Medical and sanitary report of the native army of Madras for the year
Year: 1875
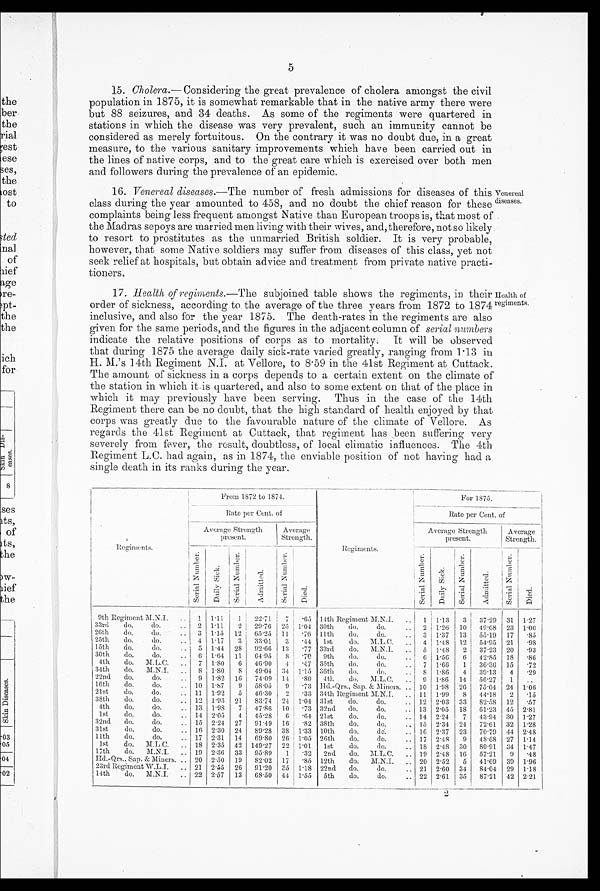
5
15. Cholera.—Considering the great prevalence of cholera amongst the civil
population in 1875, it is somewhat remarkable that in the native army there were
but 88 seizures, and 34 deaths. As some of the regiments were quartered in
stations in which the disease was very prevalent, such an immunity cannot be
considered as merely fortuitous. On the contrary it was no doubt due, in a great
measure, to the various sanitary improvements which have been carried out in
the lines of native corps, and to the great care which is exercised over both men
and followers during the prevalence of an epidemic.
16. Venereal diseases.—The number of fresh admissions for diseases of this
class during the year amounted to 458, and no doubt the chief reason for these
complaints being less frequent amongst Native than European troops is, that most of
the Madras sepoys are married men living with their wives, and, therefore, not so likely
to resort to prostitutes as the unmarried British soldier. It is very probable,
however, that some Native soldiers may suffer from diseases of this class, yet not
seek relief at hospitals, but obtain advice and treatment from private native practi-
tioners.
Venereal
diseases.
17. Health of regiments.—The subjoined table shows the regiments, in their
order of sickness, according to the average of the three years from 1872 to 1874
inclusive, and also for the year 1875. The death-rates in the regiments are also
given for the same periods, and the figures in the adjacent column of serial numbers
indicate the relative positions of corps as to mortality. It will be observed
that during 1875 the average daily sick-rate varied greatly, ranging from 1.13 in
H. M.'s 14th Regiment N.I. at Vellore, to 8.59 in the 41st Regiment at Cuttack.
The amount of sickness in a corps depends to a certain extent on the climate of
the station in which it.is quartered, and also to some extent on that of the place in
which it may previously have been serving. Thus in the case of the 14th
Regiment there can be no doubt, that the high standard of health enjoyed by that
corps was greatly due to the favourable nature of the climate of Vellore. As
regards the 41st Regiment at Cuttack, that regiment has been suffering very
severely from fever, the result, doubtless, of local climatic influences. The 4th
Regiment L.C. had again, as in 1874, the enviable position of not having had a
single death in its ranks during the year.
Health of
regiments.
Regiments.
From 1872 to 1874.
Regiments.
For 1875
.
Rate per Cent. of
Rate per Cent. of
Average Strength
present
.
Average
Strength.
Average Strength
present.
Average
Strength.
S e r i a l Ny mb e r
Da i l y Si c k
S e r i a l N u m b e r
Admi t t ed
S e r i a l Nu mb e r
Died
Seri al Number
Daily Sick
Si r i al Number
Admitted
Seri al Number
Died
9th Regiment M.N.I.
. . . 1 1. 11
1
22.7
7
.65 14th Regiment M.N.I.
. . 1 1.13
3
37.29 31 1.27
33rd do. do.
. . 2 1.11
2
29.76 25 1.04 30th do. do.
. . 2 1. 26 10
49.68 23 1.00
261h do. do.
. . 3 1. 15
12
65.25 11
.76 11th do. do.
. . 3 1.37 13
55. 19 17
.85
25th do. do.
. . 4 1. 17
3
33.01
3
.44
1st do. M.L.C.
. . 4 1.48 12
54.95 21
.98
15th do. do.
5 1. 44 28
92.66 13
.77 33rd do. M.N.I.
. . 5 1. 48
2
37.23 20
.93
30th do. do.
. . 6 1. 64 11
64.95
8
.70
9th do. do.
. . 6 1.56
6
42.85 18
.86
4th do. M. LC.
. . 7 1.80
6
46.90
4
.47 35th do. do.
7 1.66
1
36.36 15
.72
34th do. M.N.I.
. . . 8 1. 80
8
49.04
34 1. 15 36th
do. do.
. . S 1.86 4 39. 13 4 .29
22nd do. do.
. . 9 1. 82. 16
74.09 14
.80
4th do. M.L.C.
. . 9 1.86 14
56.27
1
. .
16th do. do.
. . 10 1. 87
9
58.05 9
.73 Hd.-Qrs., Sap. & Miners. . . 10 1.98 26
75.04 24 1.06
21st do. do.
. . 11 1.92
5
46.30
2
.33 34th Regiment M.N. I.
. . 11 1. 99
S
44. 18
2
.15
38th do. do.
. . 12 1. 93 21
83.74 24 1.04 31st do. do.
. . 12 2.03 33
82.58 12
.57
4th do. do.
. . 13 1. 98
7
47.86 10
.73 32nd do. do.
. . 13 2.05 18
61. 23 45 2.81
1st do. do.
. . 14 2.05
4
45.28
6
.64 21st do. do.
. . 14 2.24
7
43.94 30 1.27
32nd do. do.
. . 15 2.24 27
91. 49 16
.82 38th do. do.
. . 15 2.34 24
72.61 32 1.28
31st do. do.
. . 16 2.30 24
89.28 38 1. 33 10th do. do.
. . 16 2.37 23
70.79 44 2.48
11th do. do.
. . 17 2.31
14
69.80 26 1. 05 26th do. do.
. . 17 2.48
9
48.68 27
1 . 1 4
1st do. M.L.C.
. . 18 2.35 42 149.27 22 1. 01
1st do. do.
. . 18 2.48 30
80.91 34 1.47
17th do. M.N.I.
. . 19 2.36 33
95.89
1
'33
2nd do. M.L.C.
. . 19 2.48 16
57.21
9
.48
Hd.-Qrs., Sap. & Miners.
. . 20 2.50 19
82.02 17
.85 12th do. M.N.I.
. . 20 2.52
5
41. 69 39 1.96
23rd Regiment W.L.I.
. . 21 2.55 26
91. 20 35 1. 18 22nd do. do.
. . 21 2.60 34
84.04 29 1.18
14th do. M.N.I
..
2 2
2.57
13
68.50 44 1. 55
5th do. do.
. . 22 2.61 35
87.21 42 2.21